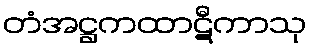
တံအဋ္ဌကထာဋီကာသု